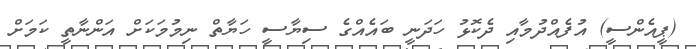
(ޕީއެންސީ) އުފެއްދުމާއި ދެކޮޅު ހަދަނީ ބައެއްގެ ސިޔާސީ ހަޔާތް ނިމުމަކަށް އަންނާތީ ކަމަށް